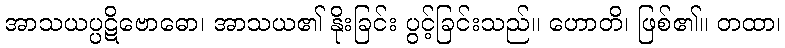
အာသယပ္ပဋိဗောဓော၊ အာသယ၏ နိုးခြင်း ပွင့်ခြင်းသည်။ ဟောတိ၊ ဖြစ်၏။ တထာ၊